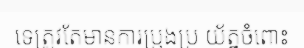
ទេត្រូវតែមានការប្រុងប្រ យ័ត្នចំពោះ